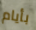
بأيام